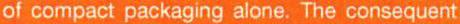
of compact packaging alone. The consequent